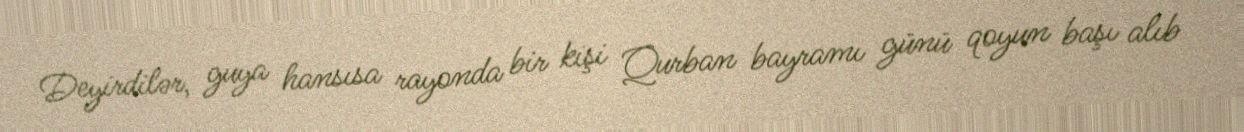
Deyirdilər, guya hansısa rayonda bir kişi Qurban bayramı günü qoyun başı alıb